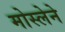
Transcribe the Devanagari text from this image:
मोस्लेने